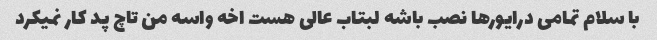
با سلام تمامی درایورها نصب باشه لبتاب عالی هست اخه واسه من تاچ پد کار نمیکرد